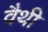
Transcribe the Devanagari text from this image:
वैथी